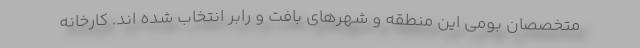
متخصصان بومی این منطقه و شهرهای بافت و رابر انتخاب شده اند. کارخانه